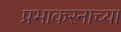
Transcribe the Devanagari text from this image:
प्रभाकरनाच्या